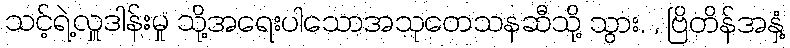
သင့်ရဲ့လှူဒါန်းမှု သို့အရေးပါသောအသုတေသနဆီသို့ သွား. , ဗြိတိန်အနှံ့